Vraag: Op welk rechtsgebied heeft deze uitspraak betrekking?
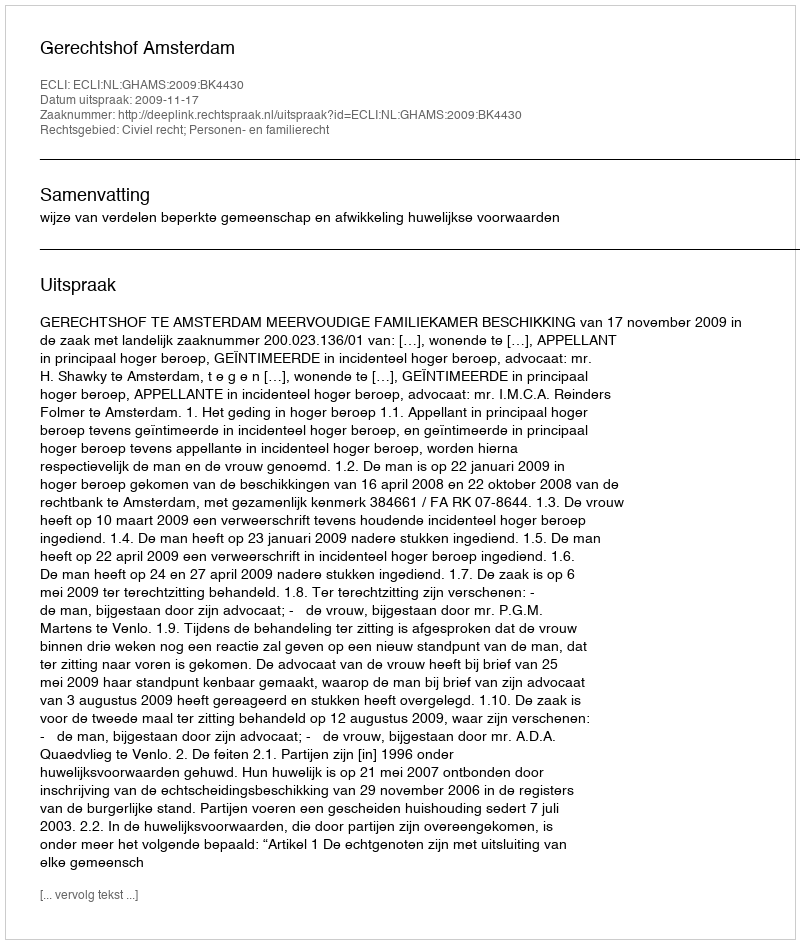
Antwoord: Civiel recht; Personen- en familierecht